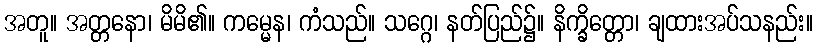
အတူ။ အတ္တနော၊ မိမိ၏။ ကမ္မေန၊ ကံသည်။ သဂ္ဂေ၊ နတ်ပြည်၌။ နိက္ခိတ္တော၊ ချထားအပ်သနည်း။